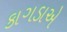
કાગડાએ